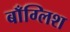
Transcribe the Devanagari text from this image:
बाँग्लिश